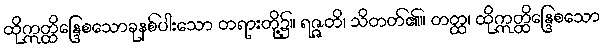
ထိုဣတ္ထိန္ဒြေစသောခုနစ်ပါးသော တရားတို့၌။ ရဇ္ဇတိ၊ သိတတ်၏။ တတ္ထ၊ ထိုဣတ္ထိန္ဒြေစသော